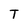
Character: T